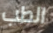
الطب